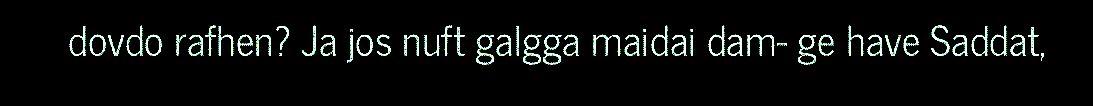
dovdo rafhen? Ja jos nuft galgga maidai dam- ge have Saddat,